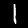
Digit: 1